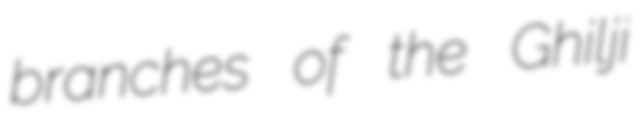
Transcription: branches of the Ghilji